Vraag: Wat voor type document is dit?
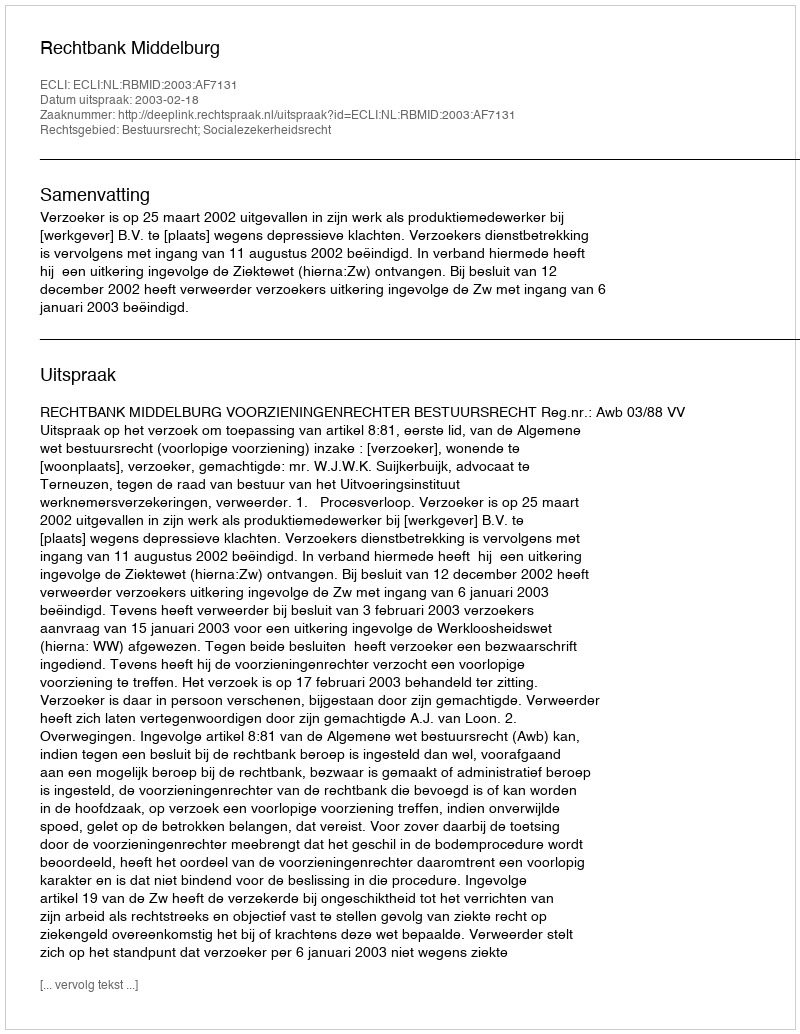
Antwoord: Uitspraak